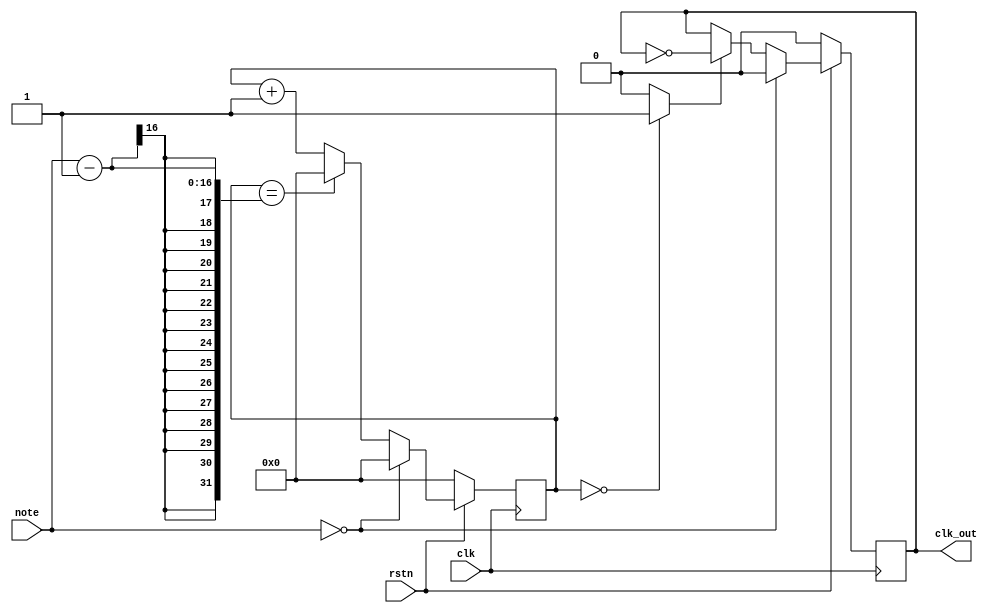
//-----------------------------------------------------------------------------
//-- Divisor de frecuencias para generacion de notas musicales
//-- (c) BQ. October 2015. written by Juan Gonzalez (obijuan)
//-----------------------------------------------------------------------------
//-- GPL license
//-----------------------------------------------------------------------------
//-- Esta formado por dos divisores en cadena. El primero genera un pulso
//-- de anchura 1 ciclo de reloj, y frecuencia de la nota 2 * note
//-- Esta seal se pasa por un divisor entre 2, para generar una seal con
//-- ciclo de trabajo del 50% y frecuencia note
//-----------------------------------------------------------------------------

module notegen(input wire clk,          //-- Senal de reloj global
               input wire rstn,         //-- Reset
               input wire [15:0] note,  //-- Divisor
               output reg clk_out);     //-- Seal de salida

wire clk_tmp;

//-- Registro para implementar el contador modulo note
reg [15:0] divcounter = 0;

//-- Contador mdulo note
always @(posedge clk)

  //-- Reset
  if (rstn == 0)
    divcounter <= 0;      

  //-- Si la nota es 0 no se incrementa contador
  else if (note == 0)
    divcounter <= 0;

  //-- Si se alcanza el tope, poner a 0
  else if (divcounter == note - 1)
    divcounter <= 0;

  //-- Incrementar contador
  else
    divcounter <= divcounter + 1;

//-- Sacar un pulso de anchura 1 ciclo de reloj si el generador
assign clk_tmp = (divcounter == 0) ? 1 : 0;

//-- Divisor de frecuencia entre 2, para obtener como salida una seal
//-- con un ciclo de trabajo del 50%
always @(posedge clk)
  if (rstn == 0)
    clk_out <= 0;

  else if (note == 0)
    clk_out <= 0;

  else if (clk_tmp == 1)
    clk_out <= ~clk_out;
 
endmodule